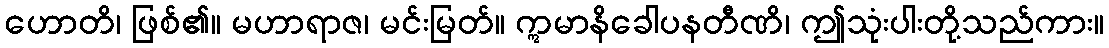
ဟောတိ၊ ဖြစ်၏။ မဟာရာဇ၊ မင်းမြတ်။ ဣမာနိခေါပနတီဏိ၊ ဤသုံးပါးတို့သည်ကား။